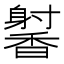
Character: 𬳢